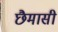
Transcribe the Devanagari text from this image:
छैमासी